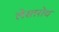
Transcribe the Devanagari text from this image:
लेस्तरोव